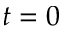
t = 0